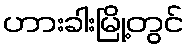
ဟားခါးမြို့တွင်